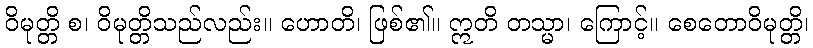
ဝိမုတ္တိ စ၊ ဝိမုတ္တိသည်လည်း။ ဟောတိ၊ ဖြစ်၏။ ဣတိ တသ္မာ၊ ကြောင့်။ စေတောဝိမုတ္တိ၊